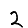
Digit: 2